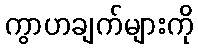
ကွာဟချက်များကို